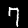
Digit: 7